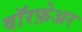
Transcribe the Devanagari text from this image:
वॉरफ़ेअर